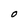
Character: O